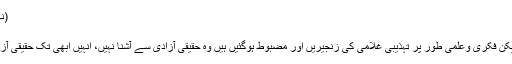
(نہیں) الحمدلله بلکہ یہ اکثر لوگ نہیں جانتے
سیاسی آزادی اور تہذیبی غلامی
ملکوں نے سیاسی آزادی تو حاصل کرلی لیکن فکری وعلمی طور پر تہذیبی غلامی کی زنجیریں اور مضبوط ہوگئیں ہیں وہ حقیقی آزادی سے آشنا نہیں، انہیں ابھی تک حقیقی آزادی کا ذائقہ چکھنے کا موقع تک نہیں ملا۔